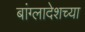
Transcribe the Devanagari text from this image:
बांग्लादेशच्या